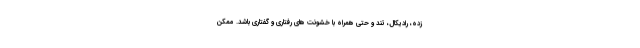
زده، رادیکال، تند و حتی همراه با خشونت های رفتاری و گفتاری باشد. ممکن